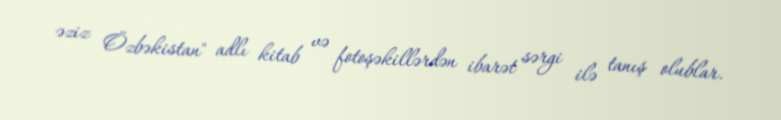
əziz Özbəkistan" adlı kitab və fotoşəkillərdən ibarət sərgi ilə tanış olublar.